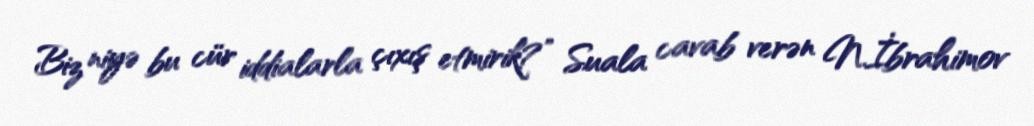
Biz niyə bu cür iddialarla çıxış etmirik?” Suala cavab verən N.İbrahimov